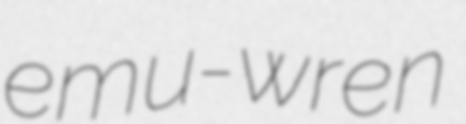
emu-wren